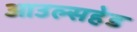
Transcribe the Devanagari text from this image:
आउल्सहेड